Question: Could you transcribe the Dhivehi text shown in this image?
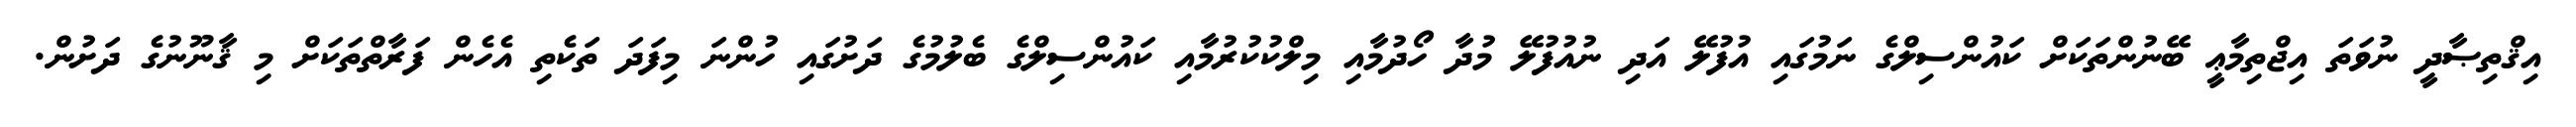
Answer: އިޤްތިޞާދީ ނުވަތަ އިޖްތިމާޢީ ބޭނުންތަކަށް ކައުންސިލްގެ ނަމުގައި އުފުލޭ އަދި ނުއުފުލޭ މުދާ ހޯދުމާއި މިލްކުކުރުމާއި ކައުންސިލްގެ ބެލުމުގެ ދަށުގައި ހުންނަ މިފަދަ ތަކެތި އެހެން ފަރާތްތަކަށް މި ޤާނޫނުގެ ދަށުން.